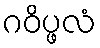
ဂဝိပ္ဖလံ